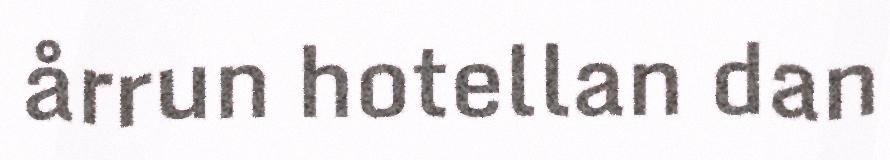
årrun hotellan dan